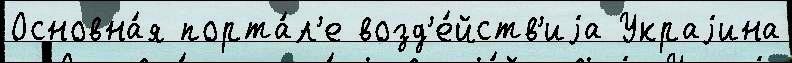
Основна́я порта́л'е возд'е́йств'иjа Украjина